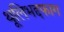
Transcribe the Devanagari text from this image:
थूलिभद्दफाग